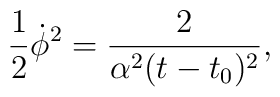
{\frac{1}{2}\dot{\phi}^2=\frac{2}{\alpha^2(t-t_0)^2},}